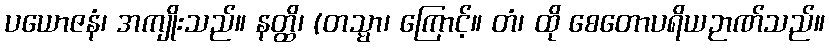
ပယောဇနံ၊ အကျိုးသည်။ နတ္ထိ၊ (တသ္မာ၊ ကြောင့်။ တံ၊ ထို စေတောပရိယဉာဏ်သည်။